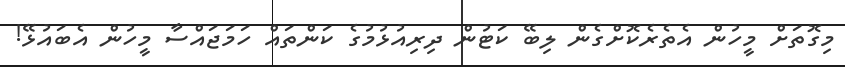
މިގޮތަށް މީހުން އެތެރެކޮށްގެން ލިބޭ ކަޓުން ދިރިއުޅުމުގެ ކަންތައް ހަމަޖައްސާ މީހުން އެބައުޅޭ!